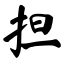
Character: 担